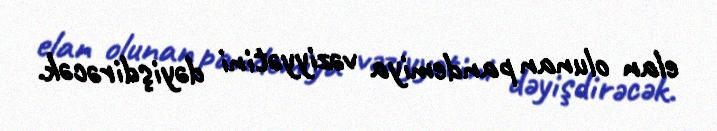
elan olunan pandemiya vəziyyətini dəyişdirəcək.